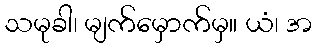
သမုခါ၊ မျက်မှောက်မှ။ ယံ၊ အ